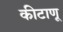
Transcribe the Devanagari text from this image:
कीटाणू